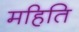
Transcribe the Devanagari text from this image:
महिति